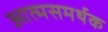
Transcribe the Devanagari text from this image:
आत्मसमर्थक